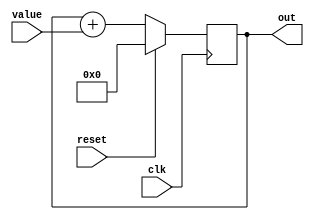
/* Generated by Yosys 0.43+11 (git sha1 49f547782, clang++ 14.0.0-1ubuntu1.1 -fPIC -Os) */
module top(clk, reset, value, out);
  wire [3:0] _0_;
  wire [3:0] _1_;
  input clk;
  wire clk;
  output [3:0] out;
  reg [3:0] out;
  input reset;
  wire reset;
  input [3:0] value;
  wire [3:0] value;
  assign _1_ = out +  value;
  always @(posedge clk)
    out <= _0_;
  assign _0_ = reset ?  4'h0 : _1_;
endmodule